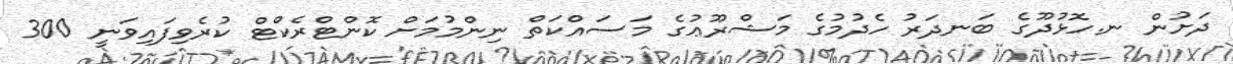
ދަށުން ނ.ހޮޅުދޫގެ ބަނދަރު ހެދުމުގެ މަޝްރޫޢުގެ މަސައްކަތް ނިންމުމަށް ކޮންޓްރެކްޓް ކުރެވިފައިވަނީ 300